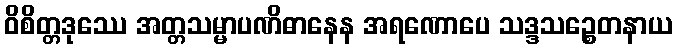
ဝိစိတ္တဒုဿေ အတ္တသမ္မာပဏိဓာနေန အရဏောပေ သဒ္ဒသဉ္စေတနာယ